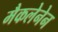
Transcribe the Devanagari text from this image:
मैकलेनेन